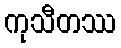
ကုသီတဿ